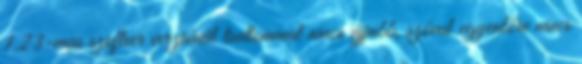
1.23-mas szoftver verziónál tudtommal nincs újjabb, szóval egyenlőre nincs